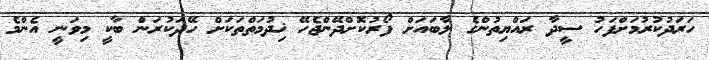
ހަރަދުކުރުމަށްފަހު ސީދާ ރައްޔިތުންގެ ލާބައަށް ފޯރުކޮށްދޭންޖެހޭ ޚިދުމަތްތަކަށް ހޭދަކުރަން ބާކީ މިވަނީ އެންމެ